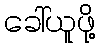
ခေါ်ယူဖို့